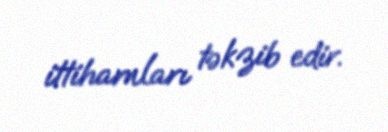
ittihamları təkzib edir.